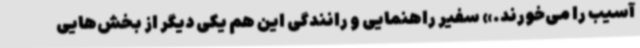
آسیب را می‌خورند.» سفیر راهنمایی و رانندگی این هم یکی دیگر از بخش‌هایی